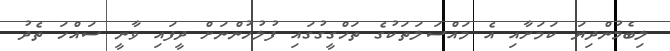
ލިބެމުންދިޔަ ކަމަށާއި އެ މައްސަލަތަކުގެ ތަހްގީގުގައި ފުލުހުންނަށް ދީފައި ވާނީ ސައްހަ ތެދު